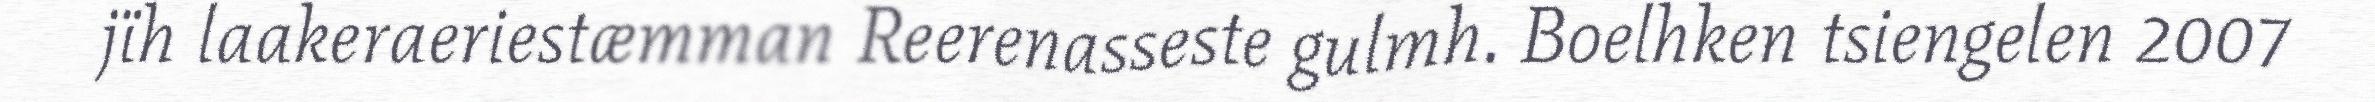
jïh laakeraeriestæmman Reerenasseste gulmh. Boelhken tsiengelen 2007